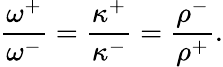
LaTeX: \frac{\omega^{+}}{\omega^{-}}=\frac{\kappa^{+}}{\kappa^{-}}=\frac{\rho^{-}}{\rho^{+}}.